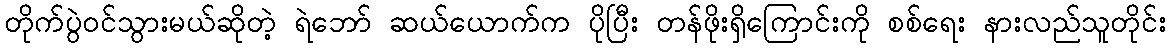
တိုက်ပွဲဝင်သွားမယ်ဆိုတဲ့ ရဲဘော် ဆယ်ယောက်က ပိုပြီး တန်ဖိုးရှိကြောင်းကို စစ်ရေး နားလည်သူတိုင်း